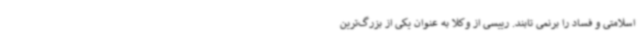
اسلامتی و فساد را برنمی تابند. رییسی از وکلا به عنوان یکی از بزرگ‌ترین